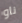
ناو